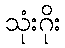
သုံးဂိုး